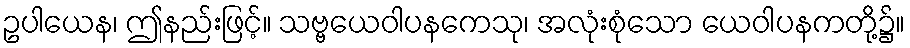
ဥပါယေန၊ ဤနည်းဖြင့်။ သဗ္ဗယေဝါပနကေသု၊ အလုံးစုံသော ယေဝါပနကတို့၌။